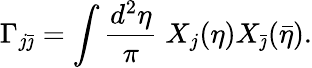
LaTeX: \Gamma_{j\bar{\jmath}}=\int\frac{d^{2}\eta}{\pi}\; X_{j}(\eta)X_{\bar{\jmath}}(\bar{\eta}).